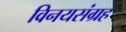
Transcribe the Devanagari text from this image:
विनयसंग्रह